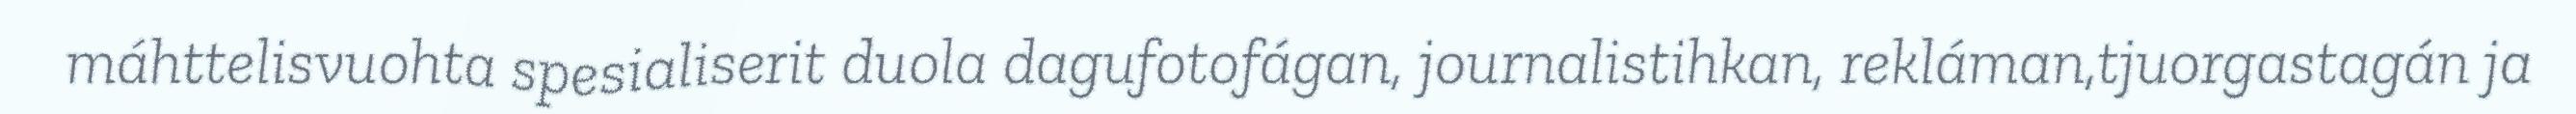
máhttelisvuohta spesialiserit duola dagufotofágan, journalistihkan, rekláman,tjuorgastagán ja